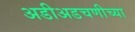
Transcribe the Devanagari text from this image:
अडीअडचणीच्या